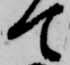
て